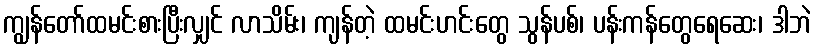
ကျွန်တော်ထမင်းစားပြီးလျှင် လာသိမ်း၊ ကျန်တဲ့ ထမင်းဟင်းတွေ သွန်ပစ်၊ ပန်းကန်တွေရေဆေး၊ ဒါဘဲ